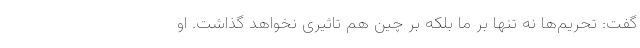
گفت: تحریم‌ها نه تنها بر ما بلکه بر چین هم تاثیری نخواهد گذاشت. او